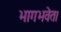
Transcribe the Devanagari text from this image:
भागभवेत।